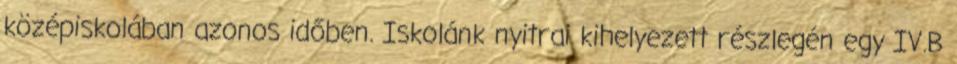
középiskolában azonos időben. Iskolánk nyitrai kihelyezett részlegén egy IV.B